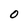
Character: O